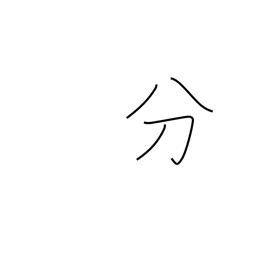
Meaning: duty